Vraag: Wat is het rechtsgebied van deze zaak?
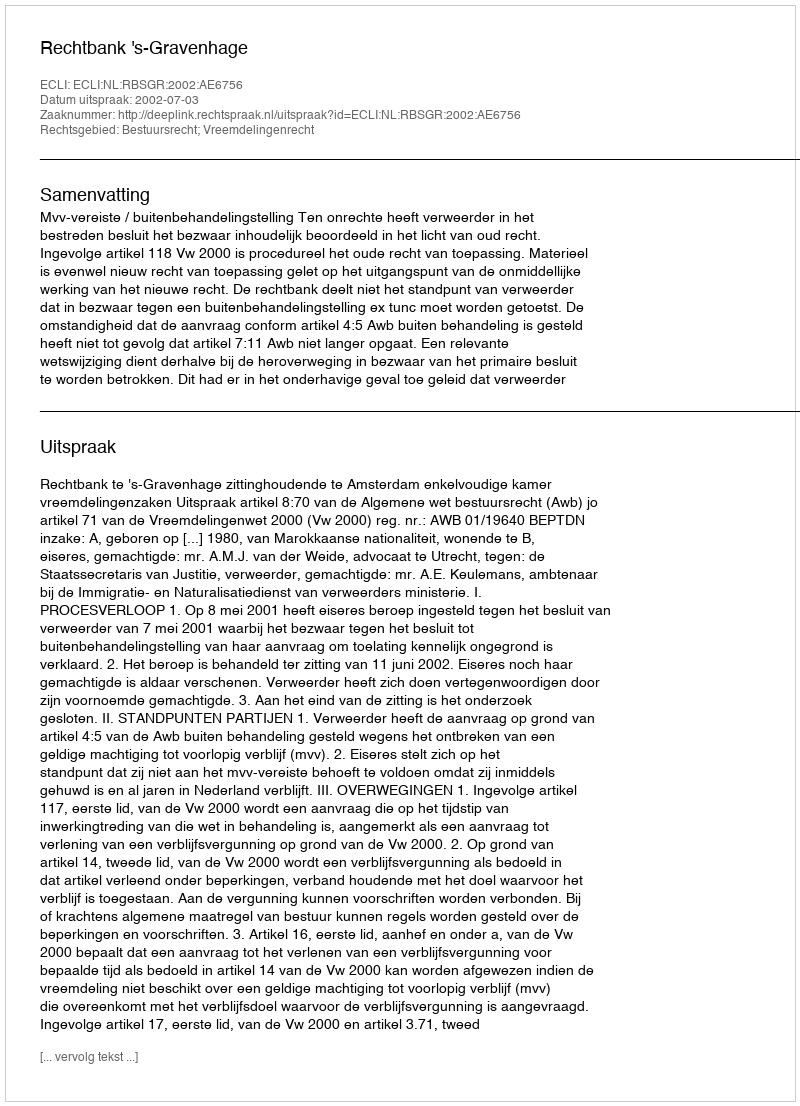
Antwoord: Bestuursrecht; Vreemdelingenrecht